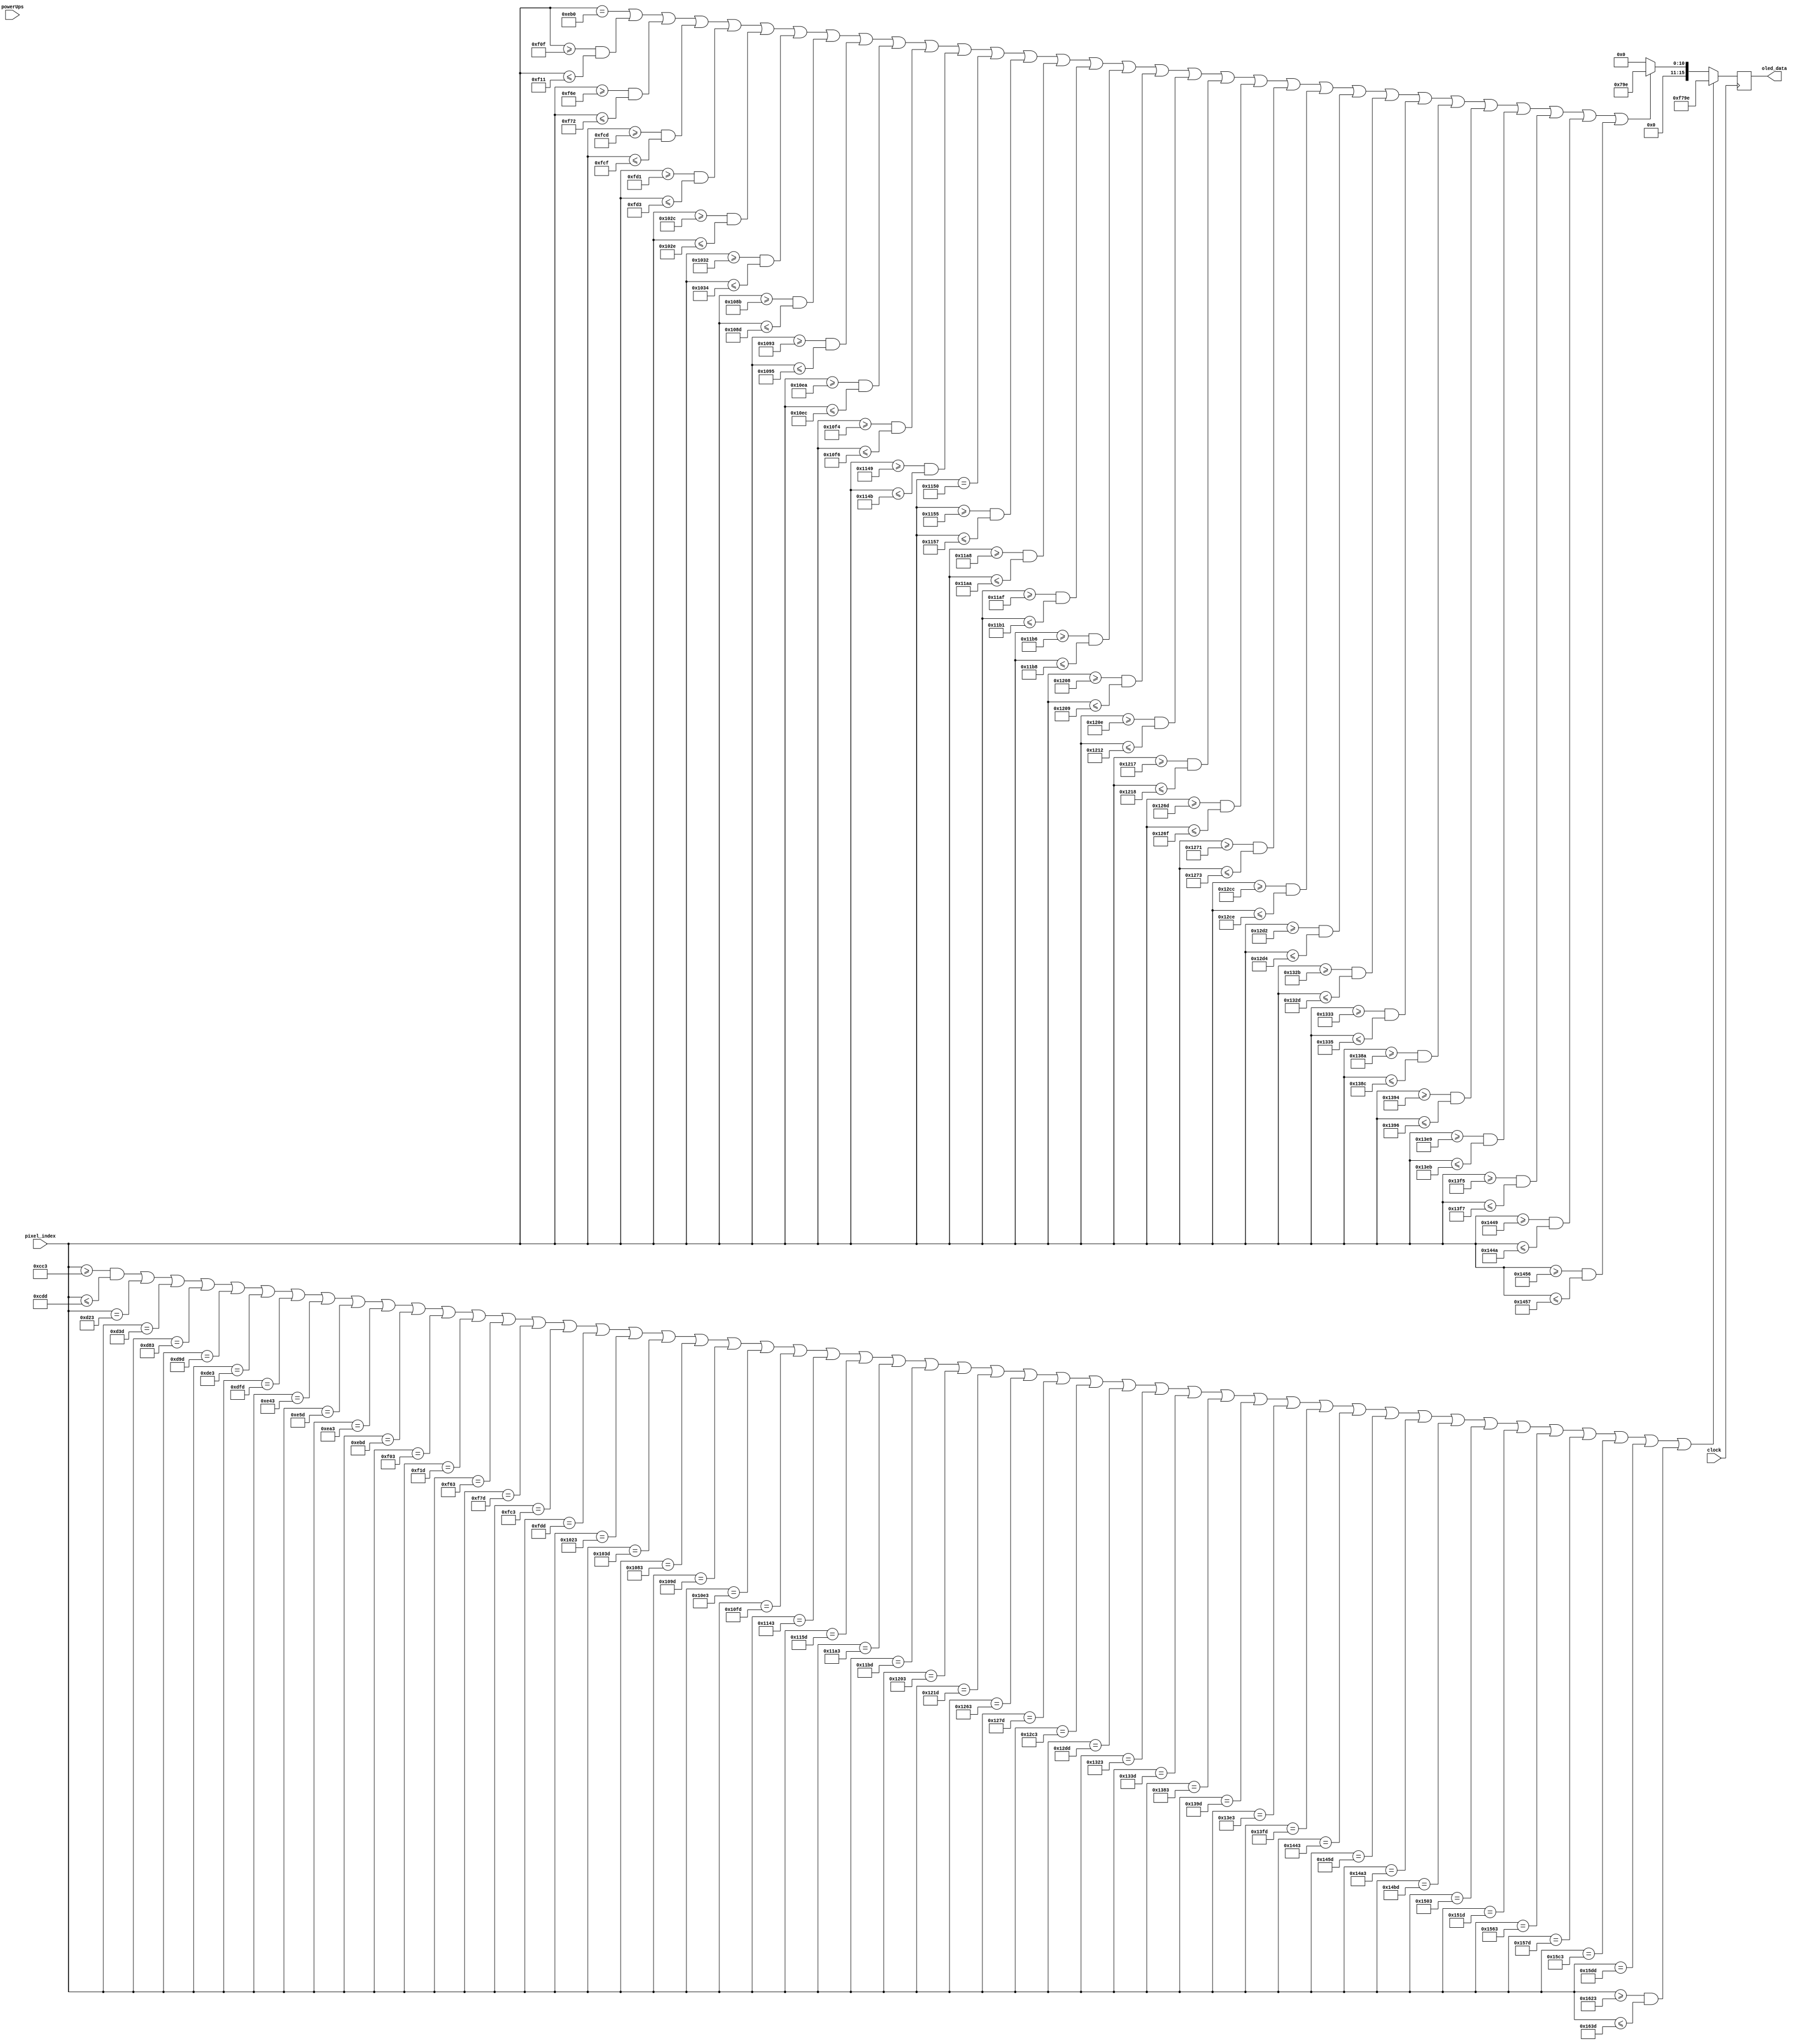
`timescale 1ns / 1ps
//////////////////////////////////////////////////////////////////////////////////
// Company: 
// Engineer: 
// 
// Design Name: 
// Module Name: renderDoubleJump
// Project Name: 
// Target Devices: 
// Tool Versions: 
// Description: 
// 
// Dependencies: 
// 
// Revision:
// Revision 0.01 - File Created
// Additional Comments:
// 
//////////////////////////////////////////////////////////////////////////////////


module renderDoubleJump(
    input clock,
    input [12:0]pixel_index,
    input [3:0]powerUps,
    output reg [15:0]oled_data
    );
    
    always @ (posedge clock) begin
        if (((pixel_index >= 3267) && (pixel_index <= 3293)) || pixel_index == 3363 || pixel_index == 3389 || pixel_index == 3459 || pixel_index == 3485 || pixel_index == 3555 || pixel_index == 3581 || pixel_index == 3651 || pixel_index == 3677 || pixel_index == 3747 || pixel_index == 3773 || pixel_index == 3843 || pixel_index == 3869 || pixel_index == 3939 || pixel_index == 3965 || pixel_index == 4035 || pixel_index == 4061 || pixel_index == 4131 || pixel_index == 4157 || pixel_index == 4227 || pixel_index == 4253 || pixel_index == 4323 || pixel_index == 4349 || pixel_index == 4419 || pixel_index == 4445 || pixel_index == 4515 || pixel_index == 4541 || pixel_index == 4611 || pixel_index == 4637 || pixel_index == 4707 || pixel_index == 4733 || pixel_index == 4803 || pixel_index == 4829 || pixel_index == 4899 || pixel_index == 4925 || pixel_index == 4995 || pixel_index == 5021 || pixel_index == 5091 || pixel_index == 5117 || pixel_index == 5187 || pixel_index == 5213 || pixel_index == 5283 || pixel_index == 5309 || pixel_index == 5379 || pixel_index == 5405 || pixel_index == 5475 || pixel_index == 5501 || pixel_index == 5571 || pixel_index == 5597 || (pixel_index >= 5667) && (pixel_index <= 5693)) oled_data = 16'b1111011110011110;
        else if (pixel_index == 3760 || ((pixel_index >= 3855) && (pixel_index <= 3857)) || ((pixel_index >= 3950) && (pixel_index <= 3954)) || ((pixel_index >= 4045) && (pixel_index <= 4047)) || ((pixel_index >= 4049) && (pixel_index <= 4051)) || ((pixel_index >= 4140) && (pixel_index <= 4142)) || ((pixel_index >= 4146) && (pixel_index <= 4148)) || ((pixel_index >= 4235) && (pixel_index <= 4237)) || ((pixel_index >= 4243) && (pixel_index <= 4245)) || ((pixel_index >= 4330) && (pixel_index <= 4332)) || ((pixel_index >= 4340) && (pixel_index <= 4342)) || ((pixel_index >= 4425) && (pixel_index <= 4427)) || pixel_index == 4432 || ((pixel_index >= 4437) && (pixel_index <= 4439)) || ((pixel_index >= 4520) && (pixel_index <= 4522)) || ((pixel_index >= 4527) && (pixel_index <= 4529)) || ((pixel_index >= 4534) && (pixel_index <= 4536)) || ((pixel_index >= 4616) && (pixel_index <= 4617)) || ((pixel_index >= 4622) && (pixel_index <= 4626)) || ((pixel_index >= 4631) && (pixel_index <= 4632)) || ((pixel_index >= 4717) && (pixel_index <= 4719)) || ((pixel_index >= 4721) && (pixel_index <= 4723)) || ((pixel_index >= 4812) && (pixel_index <= 4814)) || ((pixel_index >= 4818) && (pixel_index <= 4820)) || ((pixel_index >= 4907) && (pixel_index <= 4909)) || ((pixel_index >= 4915) && (pixel_index <= 4917)) || ((pixel_index >= 5002) && (pixel_index <= 5004)) || ((pixel_index >= 5012) && (pixel_index <= 5014)) || ((pixel_index >= 5097) && (pixel_index <= 5099)) || ((pixel_index >= 5109) && (pixel_index <= 5111)) || ((pixel_index >= 5193) && (pixel_index <= 5194)) || (pixel_index >= 5206) && (pixel_index <= 5207)) oled_data = 16'b0000011110011110;        
        else oled_data = 0;
    end
endmodule